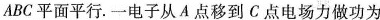
ABC平面平行。一电子从A点移到C点电场力做功为15eV，从B点移到C点电场力做功为